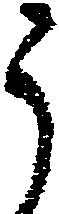
う